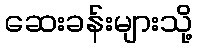
ဆေးခန်းများသို့